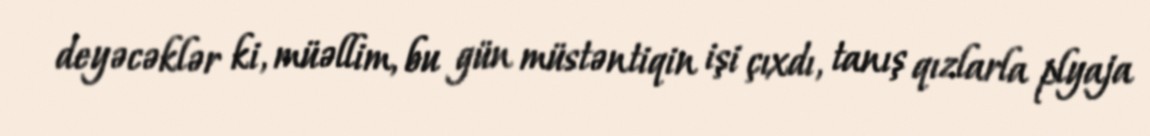
deyəcəklər ki, müəllim, bu gün müstəntiqin işi çıxdı, tanış qızlarla plyaja